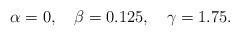
LaTeX: \begin{align*}\alpha=0,\quad \beta=0.125,\quad \gamma=1.75.\end{align*}